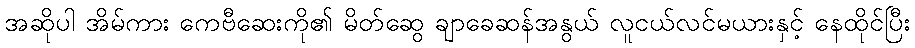
အဆိုပါ အိမ်ကား ကေဗီဆေးကို၏ မိတ်ဆွေ ချာခေဆန်အနွယ် လူငယ်လင်မယားနှင့် နေထိုင်ပြီး